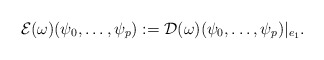
\begin{align*}\begin{aligned}\mathcal{E}(\omega)(\psi_0,\dots,\psi_{p}):=\mathcal{D}(\omega)(\psi_0,\dots,\psi_{p}) \vert _{e_1}.\end{aligned}\end{align*}